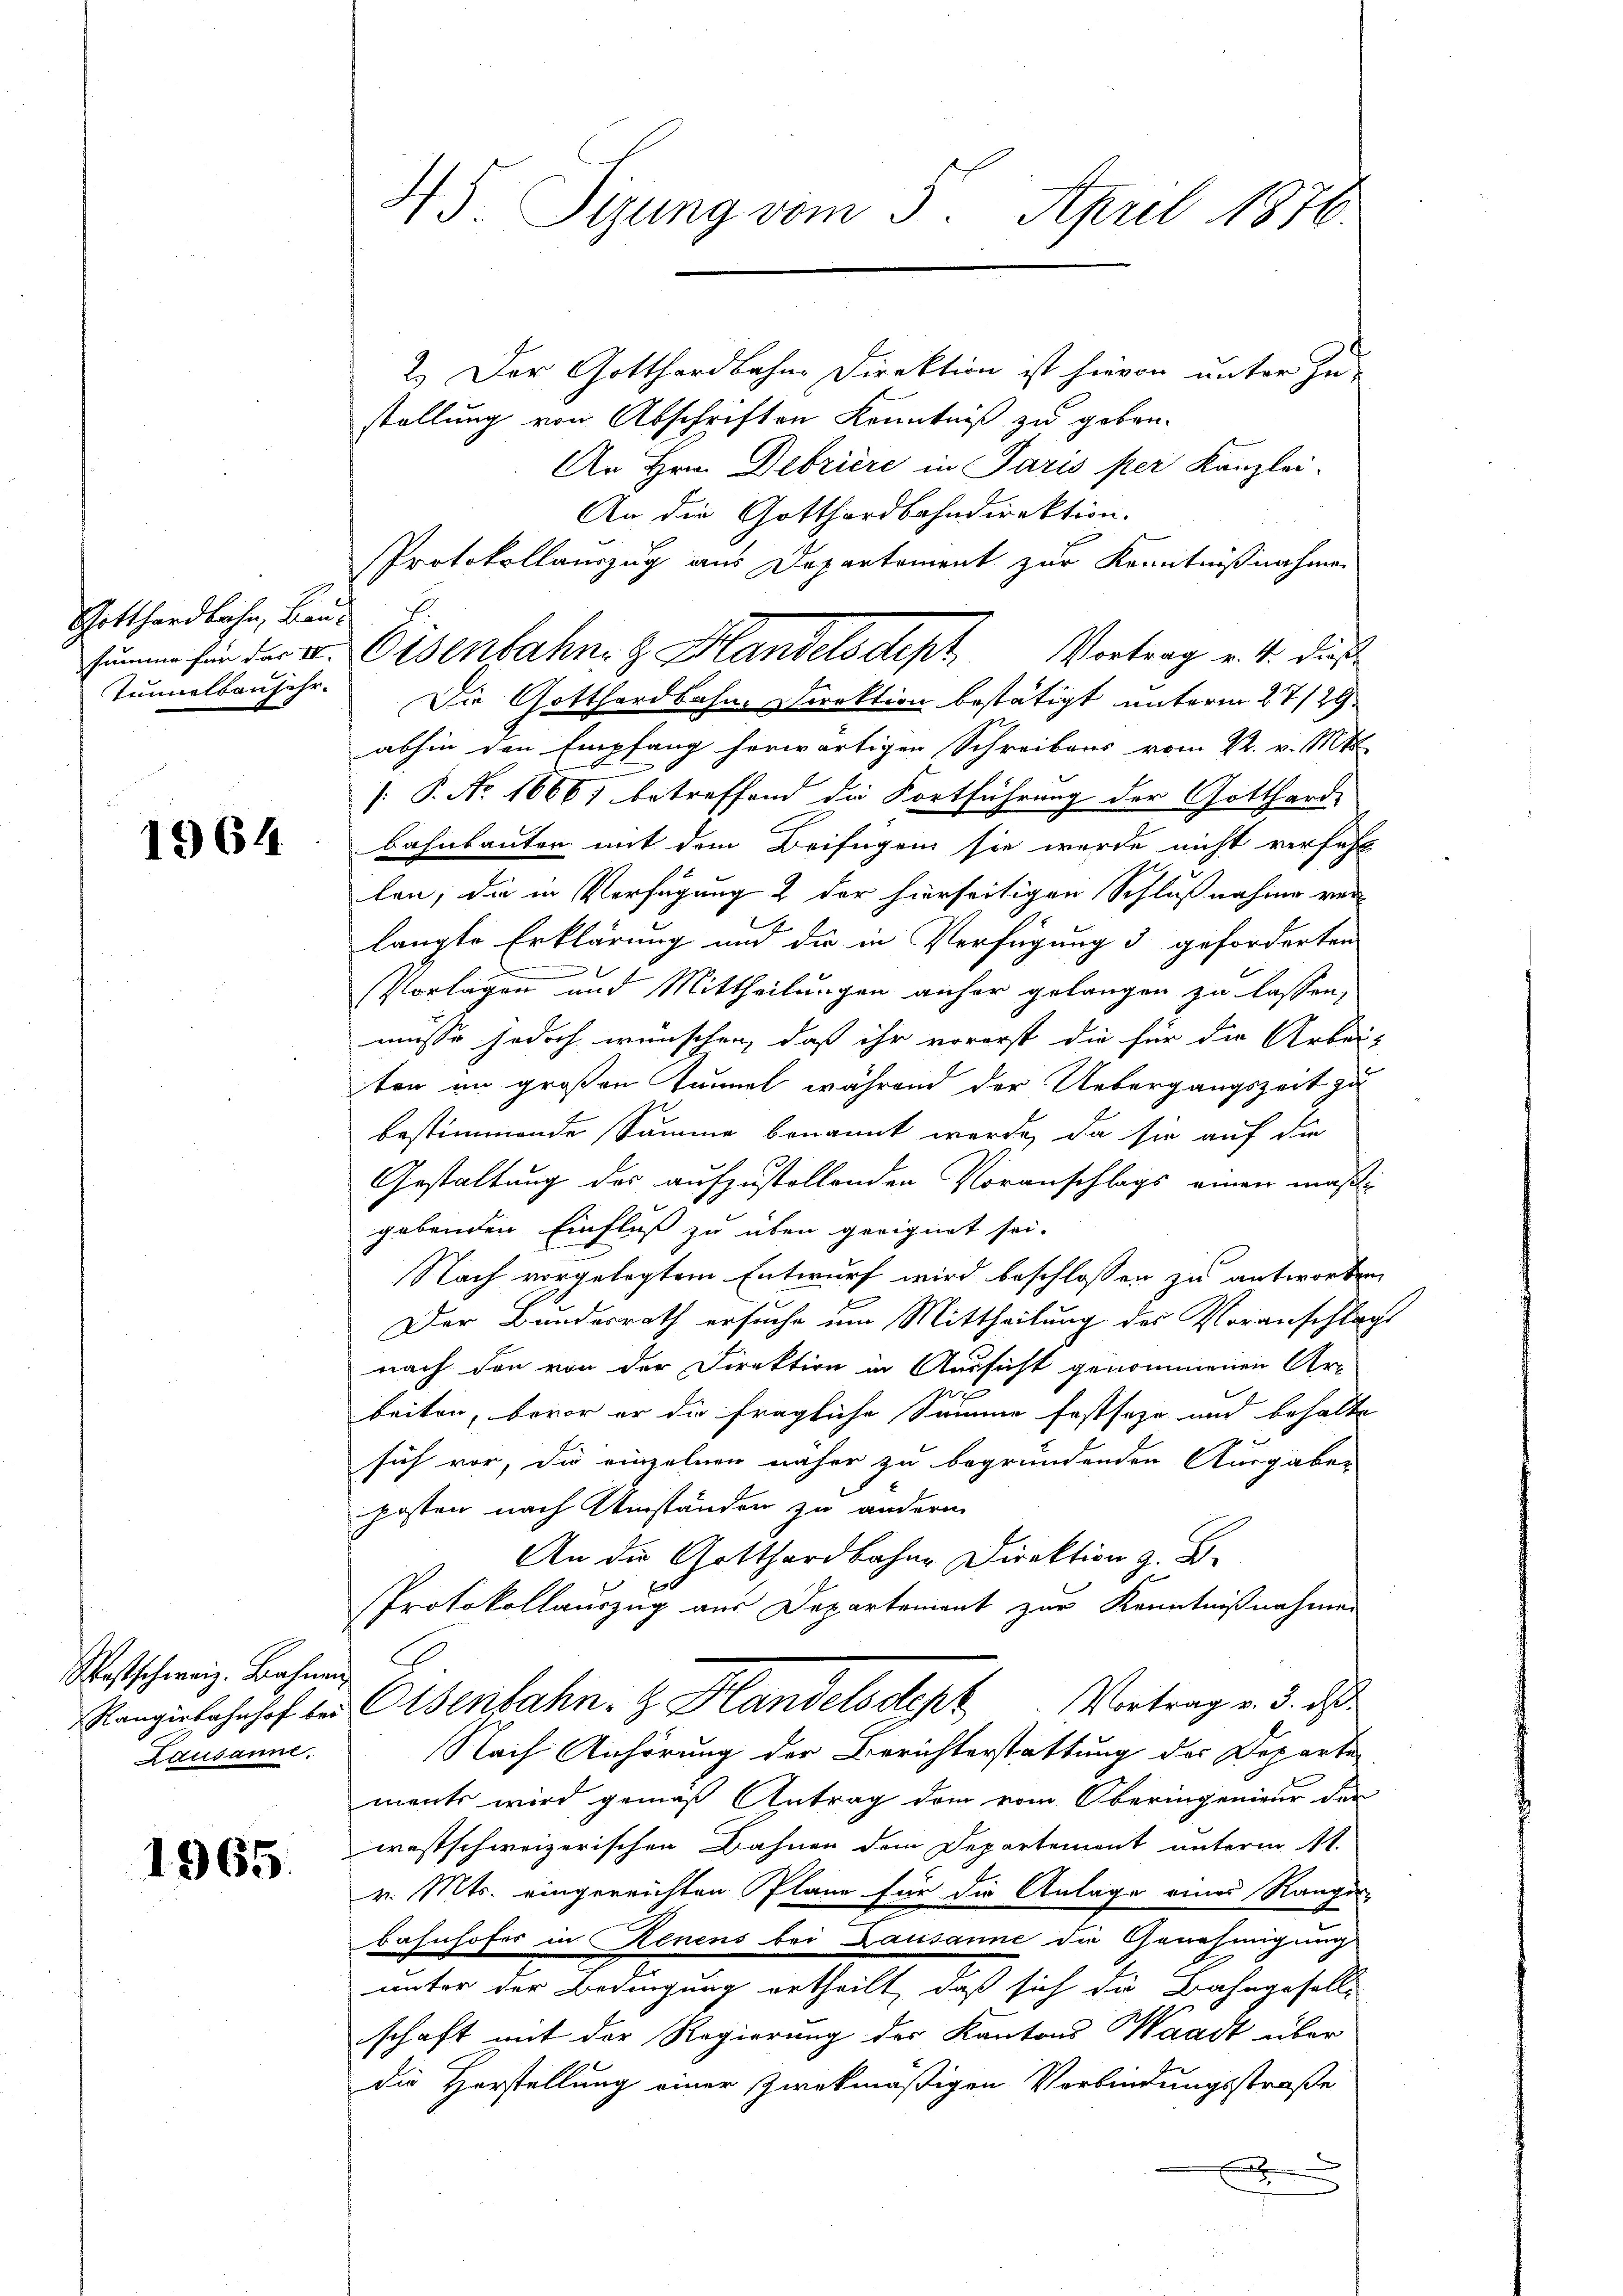
Gotthardbahn, Bau¬
Tielbauschr.

1964

Westschweiz. Bahnen
Rangirbahnhof bei
Lausanne.

1965.

45 Sizung vom 5. April 1876.

2.) Der Gotthardbahne Direktion ist hievon unter zu-
stellung von Abschriften Kenntniß zu geben.
An Hrn. Debriere in Paris per Kanzlei-
An die Gotthardbahndirektion.
PProtokollauszug aus Departement zur Kenntnißnahmen
Die Gotthardbahne Direktion bestätigt unterm 27/29.
abhin den Empfang herwärtigen Schreibens vom K. v. Mts.
[: P. Nr. 1666) betreffend die Fortführung der Gotthard-
bahnbauten mit dem Beifügen sie wurde nicht verfehl
len, die in Verfügung 2 der hierseitigen Schlußnahme ver-
langte Erklärung und die in Verfügung 3 geforderten

Vorlagen und Mittheilungen anher gelangen zu lassen,
müsse jedoch wünschen, daß ihr vorerst die für die Arbeit
ten an großen Tunnel während der Uebergangszeit zu
bestimmende Summe benannt werde, da sie auf die
Gestaltung des aufzustellenden Voranschlags einen mäßigebenden Einfluß zu über geeignet sei.
Nach vorgelegtem Entwurf wird beschlossen zu antworten
E
Der Bundesrath ersuche um Mittheilung des Voranschlags
nach den von der Direktion in Aussicht genommenen Ar-
beiten, bevor er die fragliche Summe festseze und behalte
sich vor, die einzelnen näher zu begründenden Ausgaben
posten nach Umständen zu anderm
An die Gotthardbahne Direktion z. B.
Protokollauszug aus Departement zur Kenntnißnahmen
2
Osenbahn. H. Handelsdept, Vortrag v. 3. ds.
Nach Anhörung der Berichterstattung des Departen
ments wird gemäß Antrag dem vom Oberingenieur der
westschweizerischen Bahnen dem Departement unterm 1t.
v. Mts. eingereichten Pläne für die Anlage eines Ranger-
Bahnhofer in Renens bei Lausanne die Genehmigung
unter der Bedingung ertheilt, daß sich die Bahngesell-
schaft mit der Regierung der Kantons Waadt über
die Herstellung einer zwekmäßigen Verbindungsstraße
x

sume sein der u. Eisenbahn & Mandelsdept. Vortrag v. 4. dies